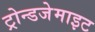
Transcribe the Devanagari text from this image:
ट्रोन्डजेमाइट